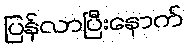
ပြန်လာပြီးနောက်